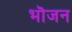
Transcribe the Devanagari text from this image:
भॊजन